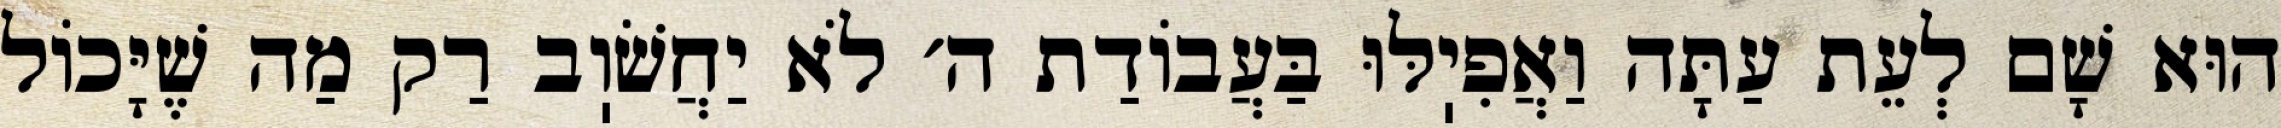
הוּא שָׁם לְעֵת עַתָּה וַאֲפִיֽלּוּ בַּעֲבוֹדַת ה׳ לֹא יַחֲשֹׁוֽב רַק מַה שֶׁיָּכוֹל